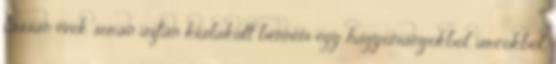
lassan évek során aztán kialakult bennem egy hagyományokból, arcokból,